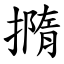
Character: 撱